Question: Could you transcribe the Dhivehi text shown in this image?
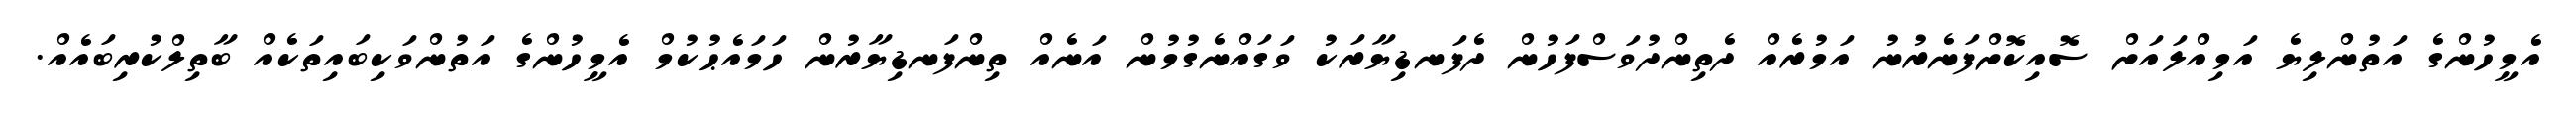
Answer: އެމީހުންގެ އަތުންލިޔެ އަމިއްލައަށް ސޮއިކޮށްފަނެރުނު އަމުރެއް ދެތިންދުވަސްފަހުން ދެފަނޑިޔާރަކު ވަގައްނެގުމުން އަނެއް ތިންފަނޑިޔާރުން ހަމައެޙުކުމް އެމީހުންގެ އަތުންވަކިބައިތަކެއް ބާތިލްކުރިބައެއް.